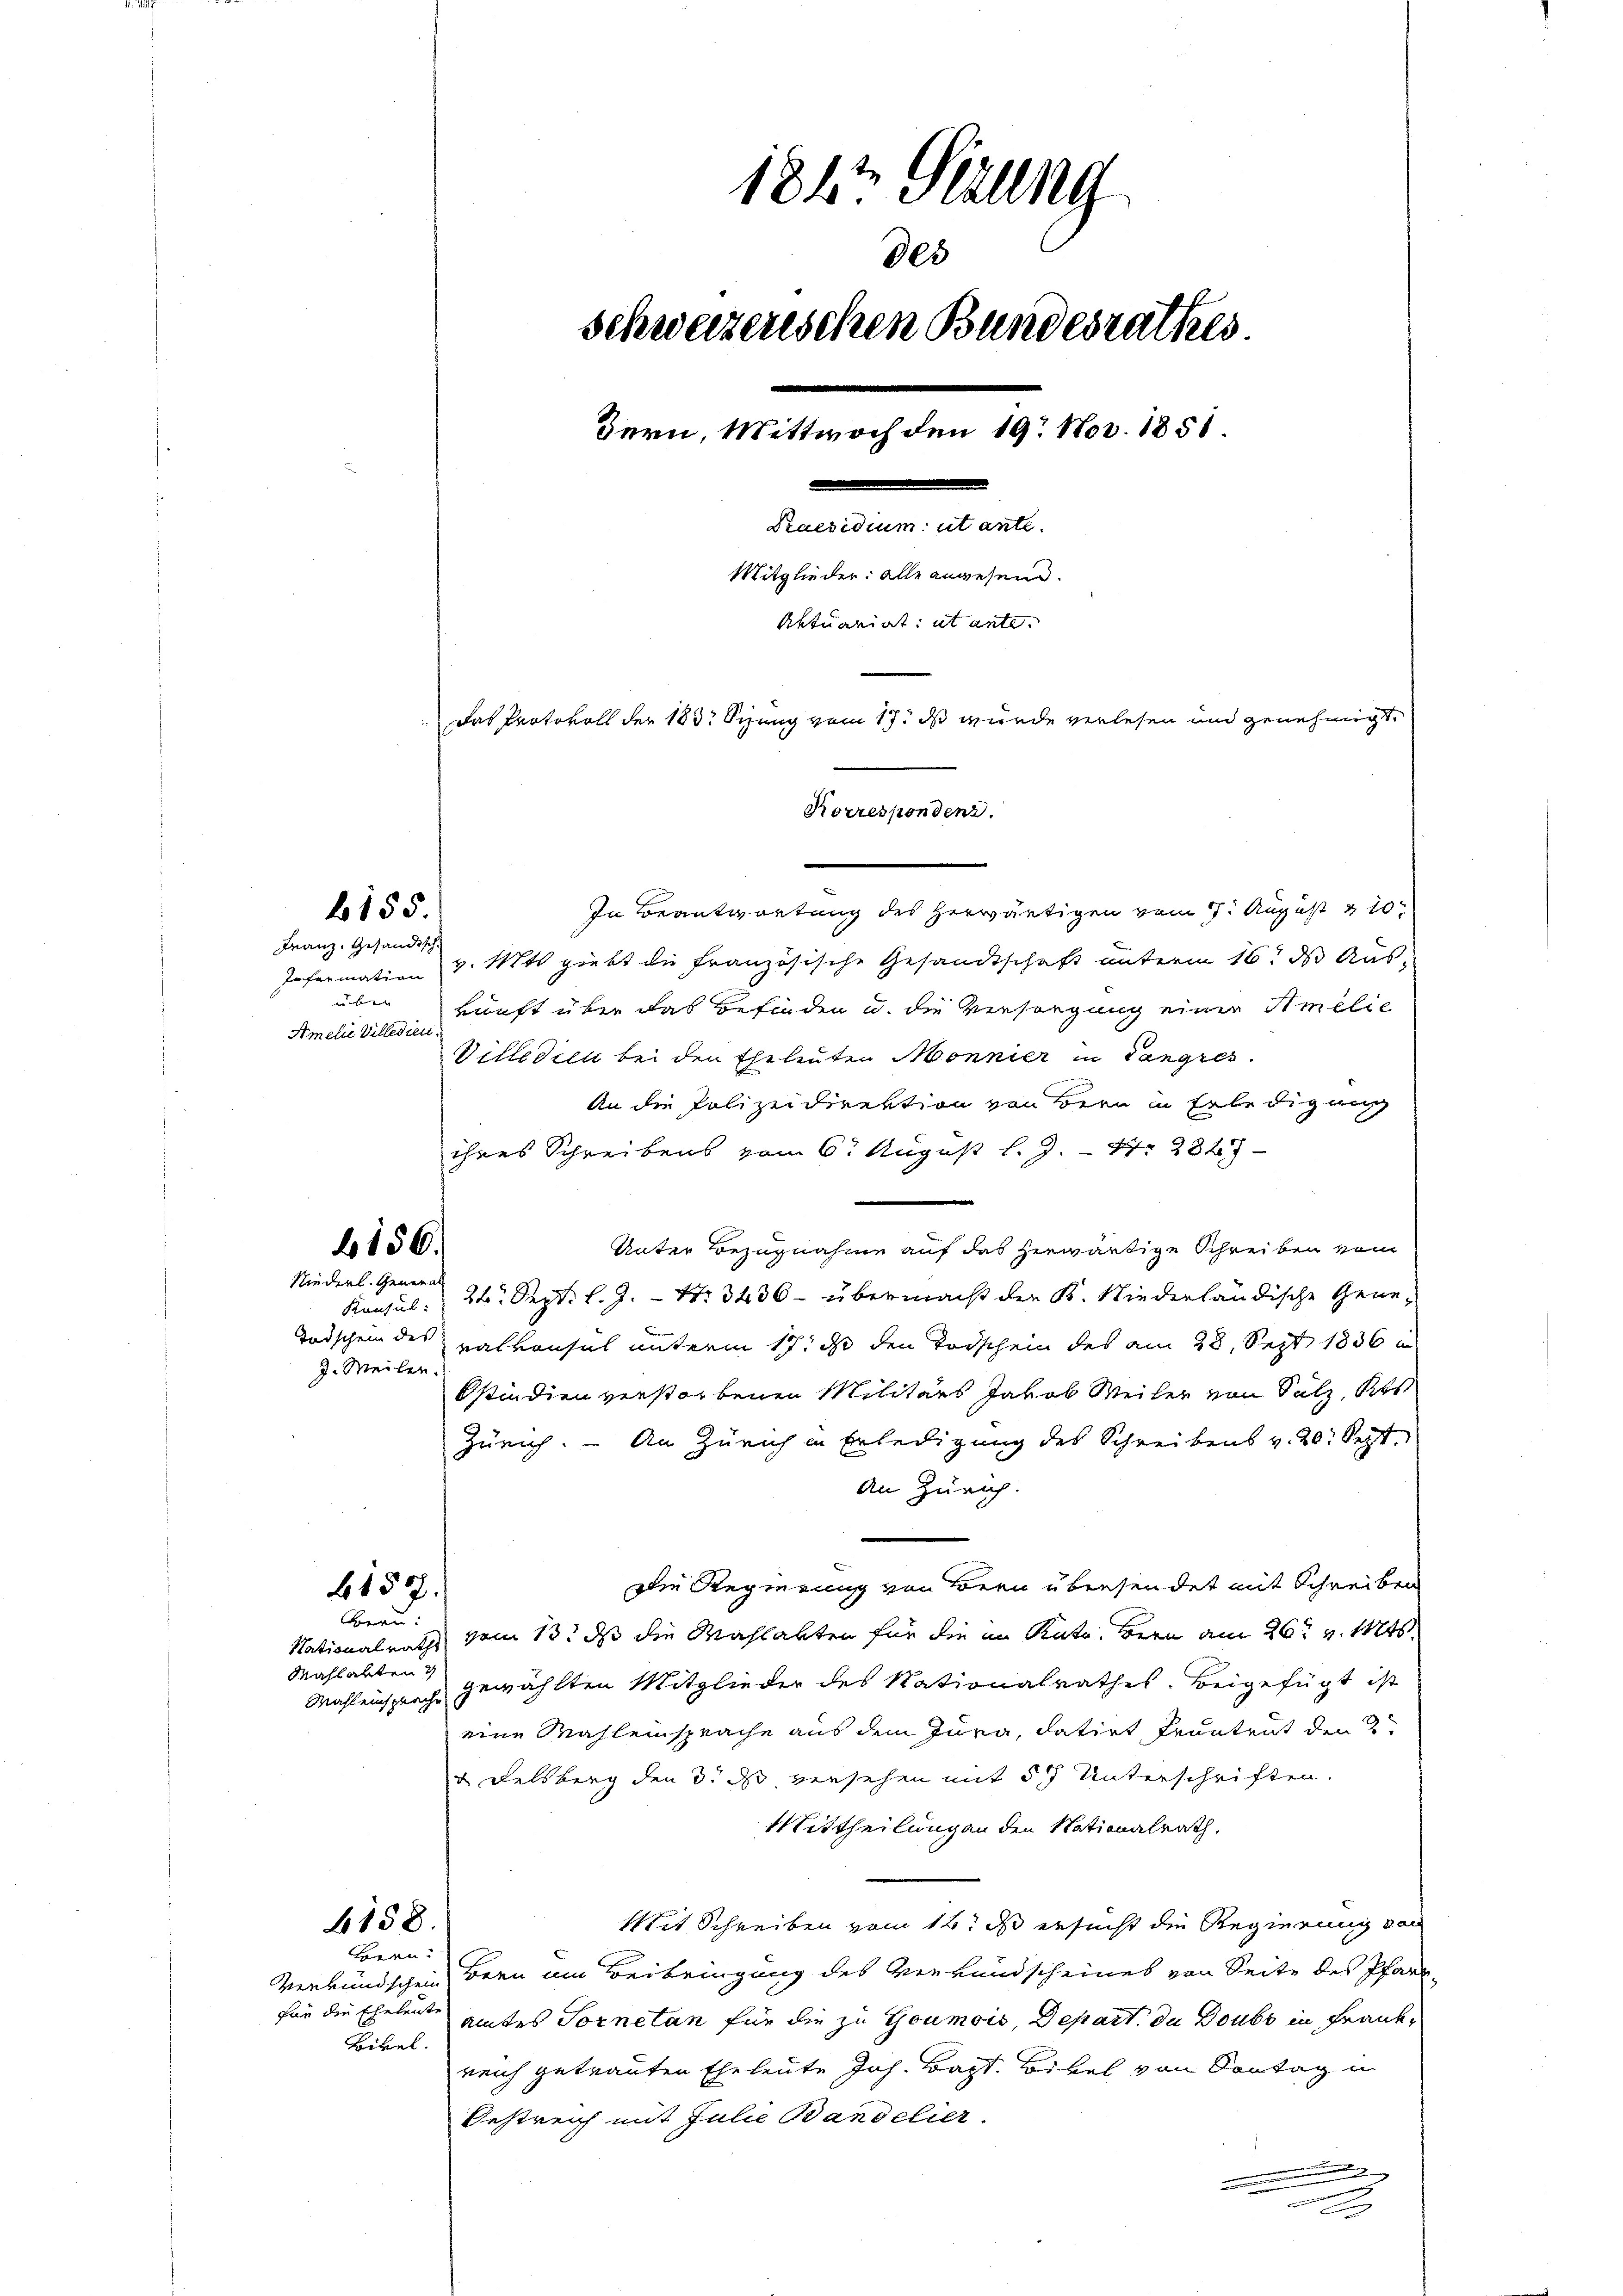
b155.

Franz. Gesandtsch.
Information
u b
Amelić Villidier

e
In Beantwortung des herwärtigen vom 1. August 10
v. Mts. giebt die französische Gesandtschaft unterm 16. ds Auskunft über das Befinden u. die Versorgung einer Himelie
Villidien bei den Eheleuten Mönnier in Cangres
An die Polizeidirektion von Bern in Erledigung
ihres Schreibens vom 6. August l. J. 17. 2827-
Unter Bezugnahme auf das herwärtige Schreiben vom
Konsul: 26. Sept. l. J. Nr. 3436 - übermacht der K. Niederländische Gene¬
Todschein des Kalkonsul unterm 17. ds den Todschein des am 28. Sept 1836
J. Meiler.
Ostindien verstorbenen Militärs Jakob Weiler von Salz, Kts
Zürich. – An Zürich in Erledigung des Schreibens v. 20. Sept.
An Zürich.
Die Regierung von Bern übersendet mit Schreiben
6157.
And.
Nationalraths vom 13t ds die Mahlabten für die im Katr. Bern am 26t v. 144.
Mahlabten
Mahleinsprache gewählten Mitglieder des Nationalrathes. beigefügt ist
eine Mahleinsprache aus dem Jura, datirt Frantent den 2t
& Felsberg den 3. ds versehen mit 57 Unterschriften.
Mittheilung an den Nationalrath,
Mit Schreiben vom 12. ds ersucht die Regierung von
4158.
Boern:
Verbundschein Bern um Beibringung des Verkundscheines von Seite des Pfarrfür die Eheleute
amtes Sornetan für die zu Goumois, Depart du Doubs in Frank¬
Bikel.
reich getrauten Eheleute Joh. Bapt. Bibel von Sontag in
Oestreich mit Julie Bandelier.

6156.

Niederl. Genera

1847 Stillng
des
Schweizerischen Bundesrathes
Bern, Mittwoch den 19. Nov. 1851.
sammenen Art.
Mitglieder: alle angesend.
Aktuariat ut ante.
Das Protokoll der 183 Stung vom 17. ds wurde verlesen und genehmigt,
Korrespondenz.